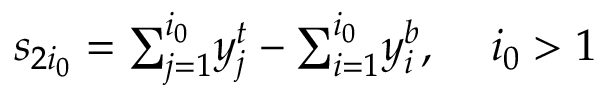
s _ { 2 i _ { 0 } } = { \textstyle \sum _ { j = 1 } ^ { i _ { 0 } } } y _ { j } ^ { t } - { \textstyle \sum _ { i = 1 } ^ { i _ { 0 } } } y _ { i } ^ { b } , \; \; \; \ i _ { 0 } > 1